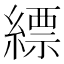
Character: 縹